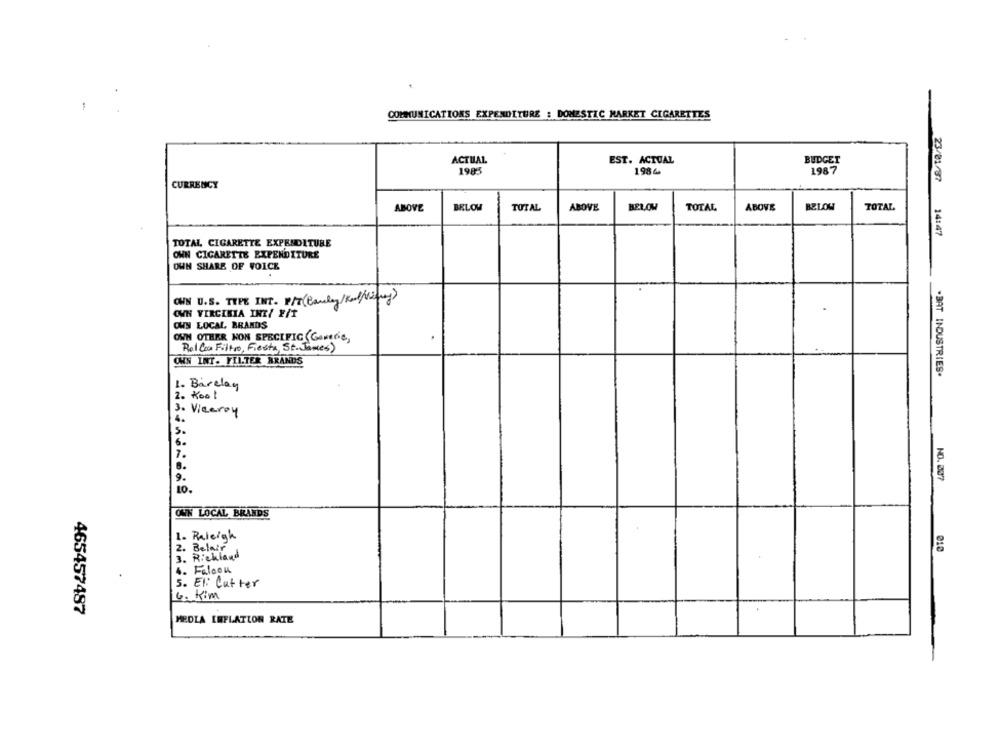
COMMUNICATIONS EXPENDITURE : DOMESTIC MARKET CIGARETTES
ACTUAL
EST. ACTUAL
BUDGET
1985
1986
1987
CURRENCY
ABOVE
BELOW
TOTAL
ABOVE
BELOW
TOTAL
ABOVE
BELOW
TOTAL
23/01/37 14:47
TOTAL CIGARETTE EXPENDITURE
OWN CIGARETTE EXPENDITURE
OWN SHARE OF VOICE
OWN U.S. TYPE INT. P/T(Cauley/ Kel Ving)
OWN VIRGINIA INT/ F/T
OWS LOCAL, BRANDS
OWN OTHER NON SPECIFIC Gareric,
Rol Con Filtro, Fiesta St. James)
OWN INT. FILTER BRANDS
.BAT INDUSTRIES.
1.
Barclay
2. Kool
3. Viceroy
5.
6.
1.
9.
NO. 007
10.
OWN LOCAL BRANDS
1. Raleigh
2. Belair
010
3. Richland
4. Faloou
5. El: Catter
4. Kim
465457487
MEDIA INFLATION RATE